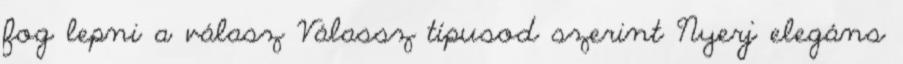
fog lepni a válasz Válassz típusod szerint Nyerj elegáns